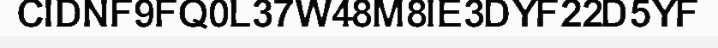
CIDNF9FQ0L37W48M8IE3DYF22D5YF